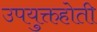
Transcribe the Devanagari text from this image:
उपयुक्तहोती